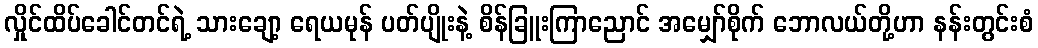
လှိုင်ထိပ်ခေါင်တင်ရဲ့ သားချော့ ရေယမုန် ပတ်ပျိုးနဲ့ စိန်ခြူးကြာညောင် အမျှော်စိုက် ဘောလယ်တို့ဟာ နန်းတွင်းစံ